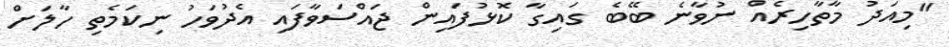
"މިއަދު މާތާހިރެއް ނުވާނެ ބޭބެ ގައިގާ ކޮޅުފައިން ޖައްސަވާފައި އެދުވަހު ނިކަމެތި ހާލަށް